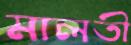
মালতী